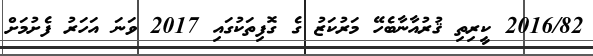
2016/82 ކީރިތި ޤުރުއާނާބެހޭ މަރުކަޒު ގެ ގޮފިތަކުގައި 2017 ވަނަ އަހަރު ފެށުމަށް